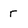
Character: r